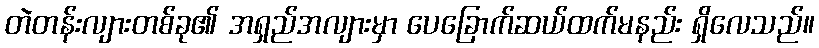
တဲတန်းလျားတစ်ခု၏ အရှည်အလျားမှာ ပေခြောက်ဆယ်ထက်မနည်း ရှိလေသည်။